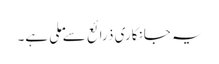
یہ جانکاری ذرائع سے ملی ہے۔